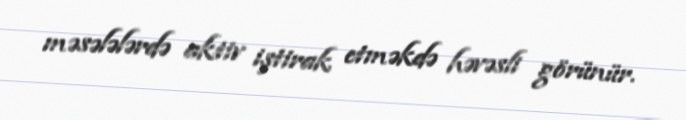
məsələlərdə aktiv iştirak etməkdə həvəsli görünür.